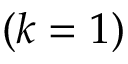
\left( k = 1 \right)